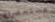
مستحضرات